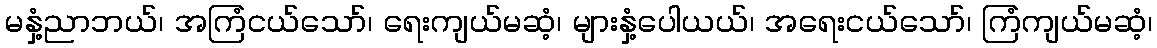
မနှံ့ညာဘယ်၊ အကြံငယ်သော်၊ ရေးကျယ်မဆံ့၊ များနှံ့ပေါယယ်၊ အရေးငယ်သော်၊ ကြံကျယ်မဆံ့၊